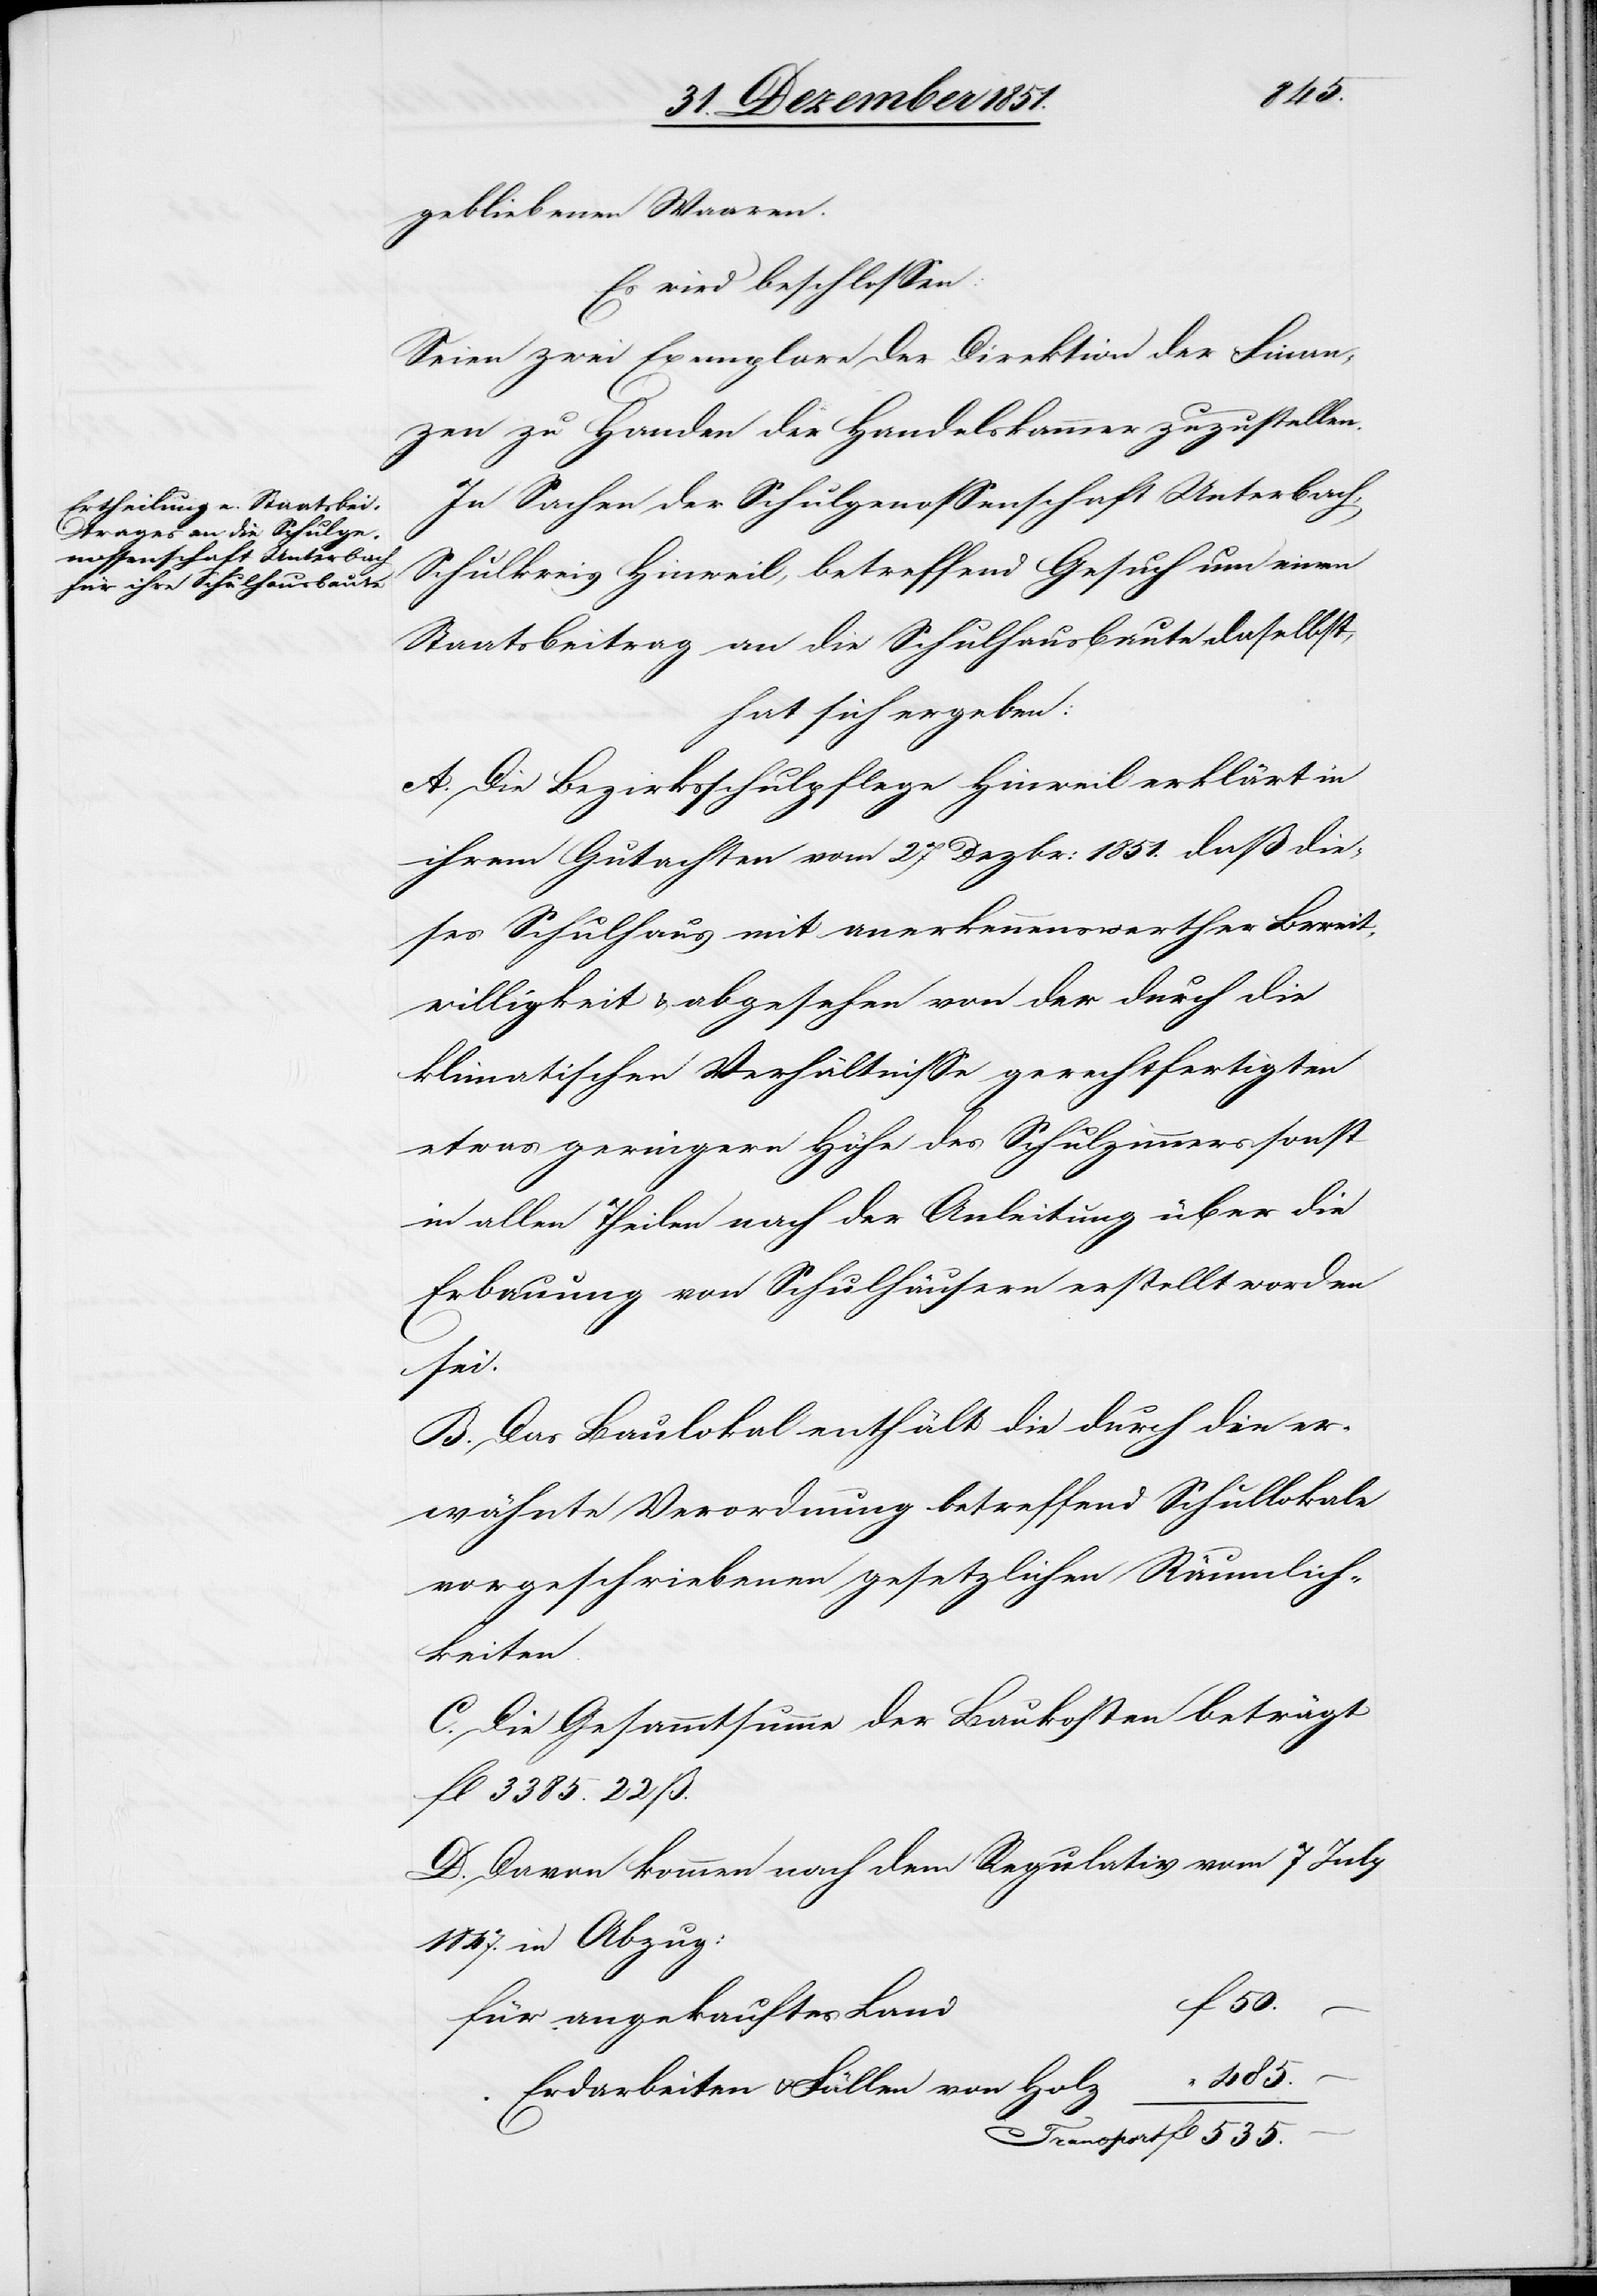
485.
gebliebenen Waaren.
Es wird beschlossen:
Seien zwei Exemplare der Direktion der Finan¬
zen zu Handen der Handelskammer zuzustellen.
In Sachen der Schulgenossenschaft Unterbach,
Schulkreis Hinweil, betreffend Gesuch um einen
Staatsbeitrag an die Schulhausbaute daselbst,
hat sich ergeben:
A. Die Bezirksschulpflege Hinweil erklärt in
ihrem Gutachten vom 27 Dezbr: 1851. daß die¬
ses Schulhaus mit anerkennenswerther Bereit¬
willigkeit & abgesehen von der durch die
klimatischen Verhältnisse gerechtfertigten
etwas geringern Höhe des Schulzimmers sonst
in allen Theilen nach der Anleitung über die
Erbauung von Schulhäusern erstellt worden
sei.
B. Das Baulokal enthält die durch die er¬
wähnte Verordnung betreffend Schullokale
vorgeschriebenen gesetzlichen Räumlich¬
keiten.
C. Die Gesammtsumme der Baukosten beträgt
fl 3385. 22 ß.
D. Davon kommen nach dem Regulativ vom 7 July
1847. in Abzug:
535.
für angekauftes Land
Erdarbeiten & Fällen von Holz